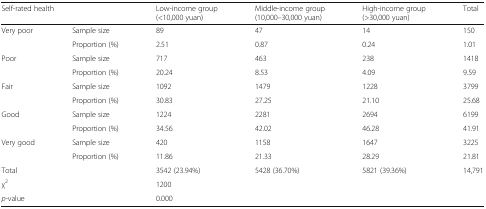
| <COLSPAN=2> Self-rated health | Low-income group (<10,000 yuan) | Middle-income group (10,000–30,000 yuan) | High-income group (>30,000 yuan) | Total |
 | --- | --- | --- | --- | --- | --- |
 | <ROWSPAN=2> Very poor | Sample size | 89 | 47 | 14 | 150 |
 | Proportion (%) | 2.51 | 0.87 | 0.24 | 1.01 |
 | <ROWSPAN=2> Poor | Sample size | 717 | 463 | 238 | 1418 |
 | Proportion (%) | 20.24 | 8.53 | 4.09 | 9.59 |
 | <ROWSPAN=2> Fair | Sample size | 1092 | 1479 | 1228 | 3799 |
 | Proportion (%) | 30.83 | 27.25 | 21.10 | 25.68 |
 | <ROWSPAN=2> Good | Sample size | 1224 | 2281 | 2694 | 6199 |
 | Proportion (%) | 34.56 | 42.02 | 46.28 | 41.91 |
 | <ROWSPAN=2> Very good | Sample size | 420 | 1158 | 1647 | 3225 |
 | Proportion (%) | 11.86 | 21.33 | 28.29 | 21.81 |
 | <COLSPAN=2> Total | 3542 (23.94%) | 5428 (36.70%) | 5821 (39.36%) | 14,791 |
 | <COLSPAN=2> χ2 | <COLSPAN=4> 1200 |
 | <COLSPAN=2> p-value | <COLSPAN=4> 0.000 |